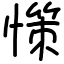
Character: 憡